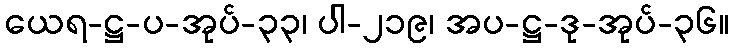
ယေရ-ဋ္ဌ-ပ-အုပ်-၃၃၊ ပါ-၂၁၉၊ အပ-ဋ္ဌ-ဒု-အုပ်-၃၆။